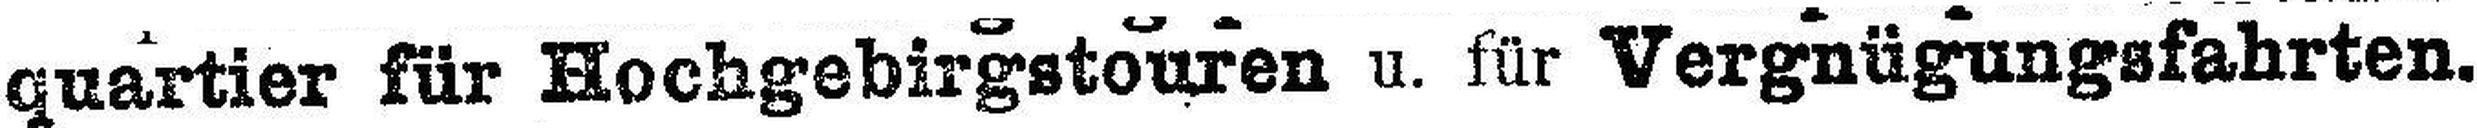
quartier für Hochgebirgstouren u. für Vergnügungsfahrten.